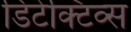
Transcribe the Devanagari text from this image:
डिटेक्टिव्स